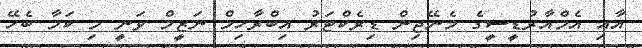
އާއި އެމްއާރުޑީސީގެ މެނޭޖިން ޑިރެކްޓަރު އިބްރާހިމް ނަޒީމް ވަނީ މި ކަމާ ބެހޭ